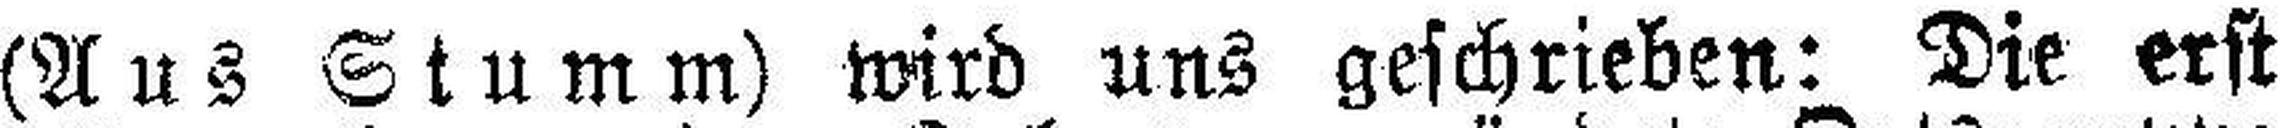
(Aus Stumm) wird uns geschrieben: Die erst